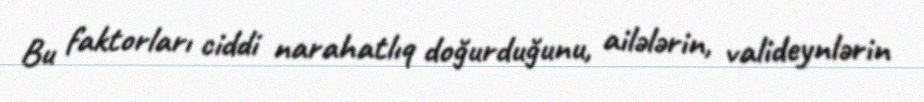
Bu faktorları ciddi narahatlıq doğurduğunu, ailələrin, valideynlərin